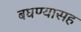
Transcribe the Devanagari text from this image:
बघण्यासह